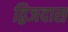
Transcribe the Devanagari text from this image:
द्विजदास